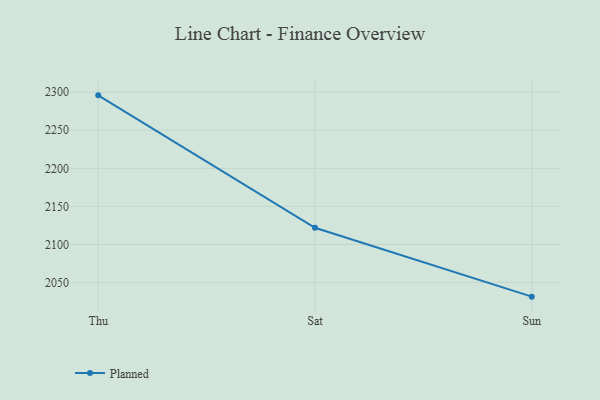
{"axis": {"x": "Day", "y": "Energy Usage (MWh)"}, "legend": ["Planned"], "data": [{"x": "Thu", "y": 2295.9, "type": "Planned"}, {"x": "Sat", "y": 2121.9, "type": "Planned"}, {"x": "Sun", "y": 2031.4, "type": "Planned"}]}